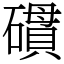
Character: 𥖏